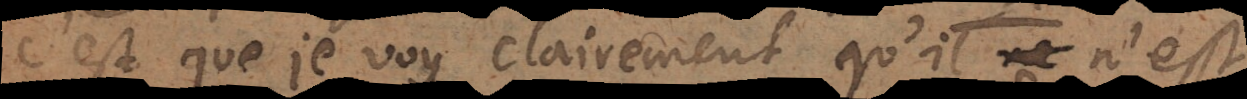
C’est que je voy clairement qu’il n’est